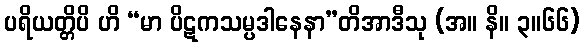
ပရိယတ္တိပိ ဟိ “မာ ပိဋကသမ္ပဒါနေနာ”တိအာဒီသု (အ။ နိ။ ၃။၆၆)